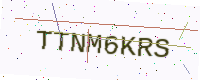
Text: TTNM6KRS